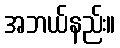
အဘယ်နည်း။